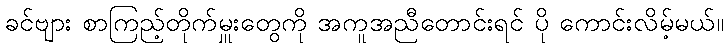
ခင်ဗျား စာကြည့်တိုက်မှူးတွေကို အကူအညီတောင်းရင် ပို ကောင်းလိမ့်မယ်။